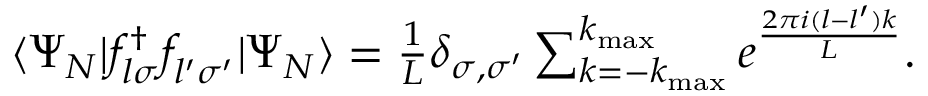
\begin{array} { r } { \langle \Psi _ { N } | f _ { l \sigma } ^ { \dagger } f _ { l ^ { \prime } \sigma ^ { \prime } } ^ { \phantom { \dagger } } | \Psi _ { N } \rangle = \frac { 1 } { L } \delta _ { \sigma , \sigma ^ { \prime } } \sum _ { k = - k _ { \mathrm { m a x } } } ^ { k _ { \mathrm { m a x } } } e ^ { \frac { 2 \pi i ( l - l ^ { \prime } ) k } { L } } . } \end{array}